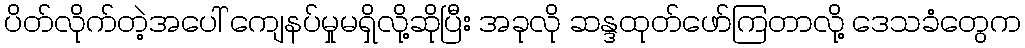
ပိတ်လိုက်တဲ့အပေါ် ကျေနပ်မှုမရှိလို့ဆိုပြီး အခုလို ဆန္ဒထုတ်ဖော်ကြတာလို့ ဒေသခံတွေက